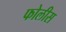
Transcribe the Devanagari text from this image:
फोलीस